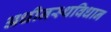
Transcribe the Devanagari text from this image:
अधीनस्थविधान